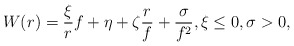
\begin{align*} W(r) = \frac{\xi}{r} f + \eta + \zeta \frac{r}{f} + \frac{\sigma}{f^2}, \xi \le 0, \sigma>0,\end{align*}